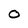
Character: O